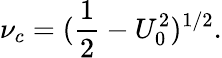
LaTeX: \nu_{c}=(\frac{1}{2}-U_{0}^{2})^{1/2}.